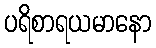
ပရိစာရယမာနော